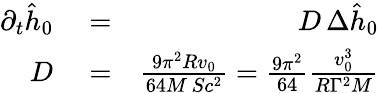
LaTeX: \begin{array}{rlr}{\partial_{t}\hat{h}_{0}}&{{}=}&{D\, \Delta\hat{h}_{0}}\\ {D}&{{}=}&{{\frac{9\pi^{2}Rv_{0}}{64M\, Sc^{2}}}={\frac{9\pi^{2}}{64}}{\frac{v_{0}^{3}}{R\Gamma^{2}M}}}\end{array}